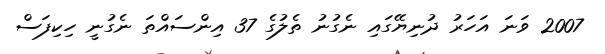
2007 ވަނަ އަހަރު ދުނިޔޭގައި ނެގުނު ތެލުގެ 37 އިންސައްތަ ނެގުނީ ހިކިފަސް